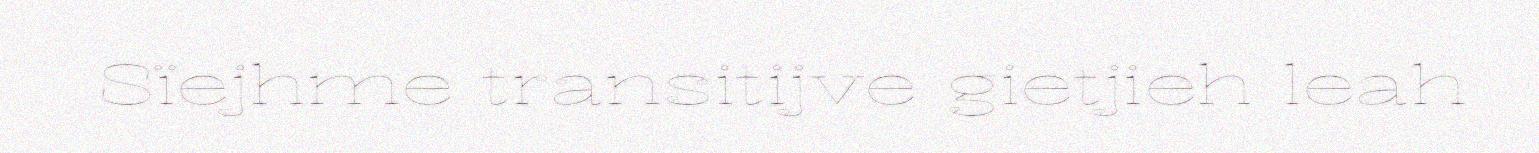
Sïejhme transitijve gietjieh leah